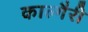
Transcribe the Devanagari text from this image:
काल्गैरी